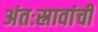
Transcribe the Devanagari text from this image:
अंतःस्रावांची